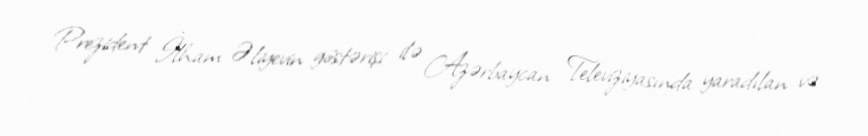
Prezident İlham Əliyevin göstərişi ilə Azərbaycan Televiziyasında yaradılan və